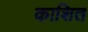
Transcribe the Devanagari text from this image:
काशित